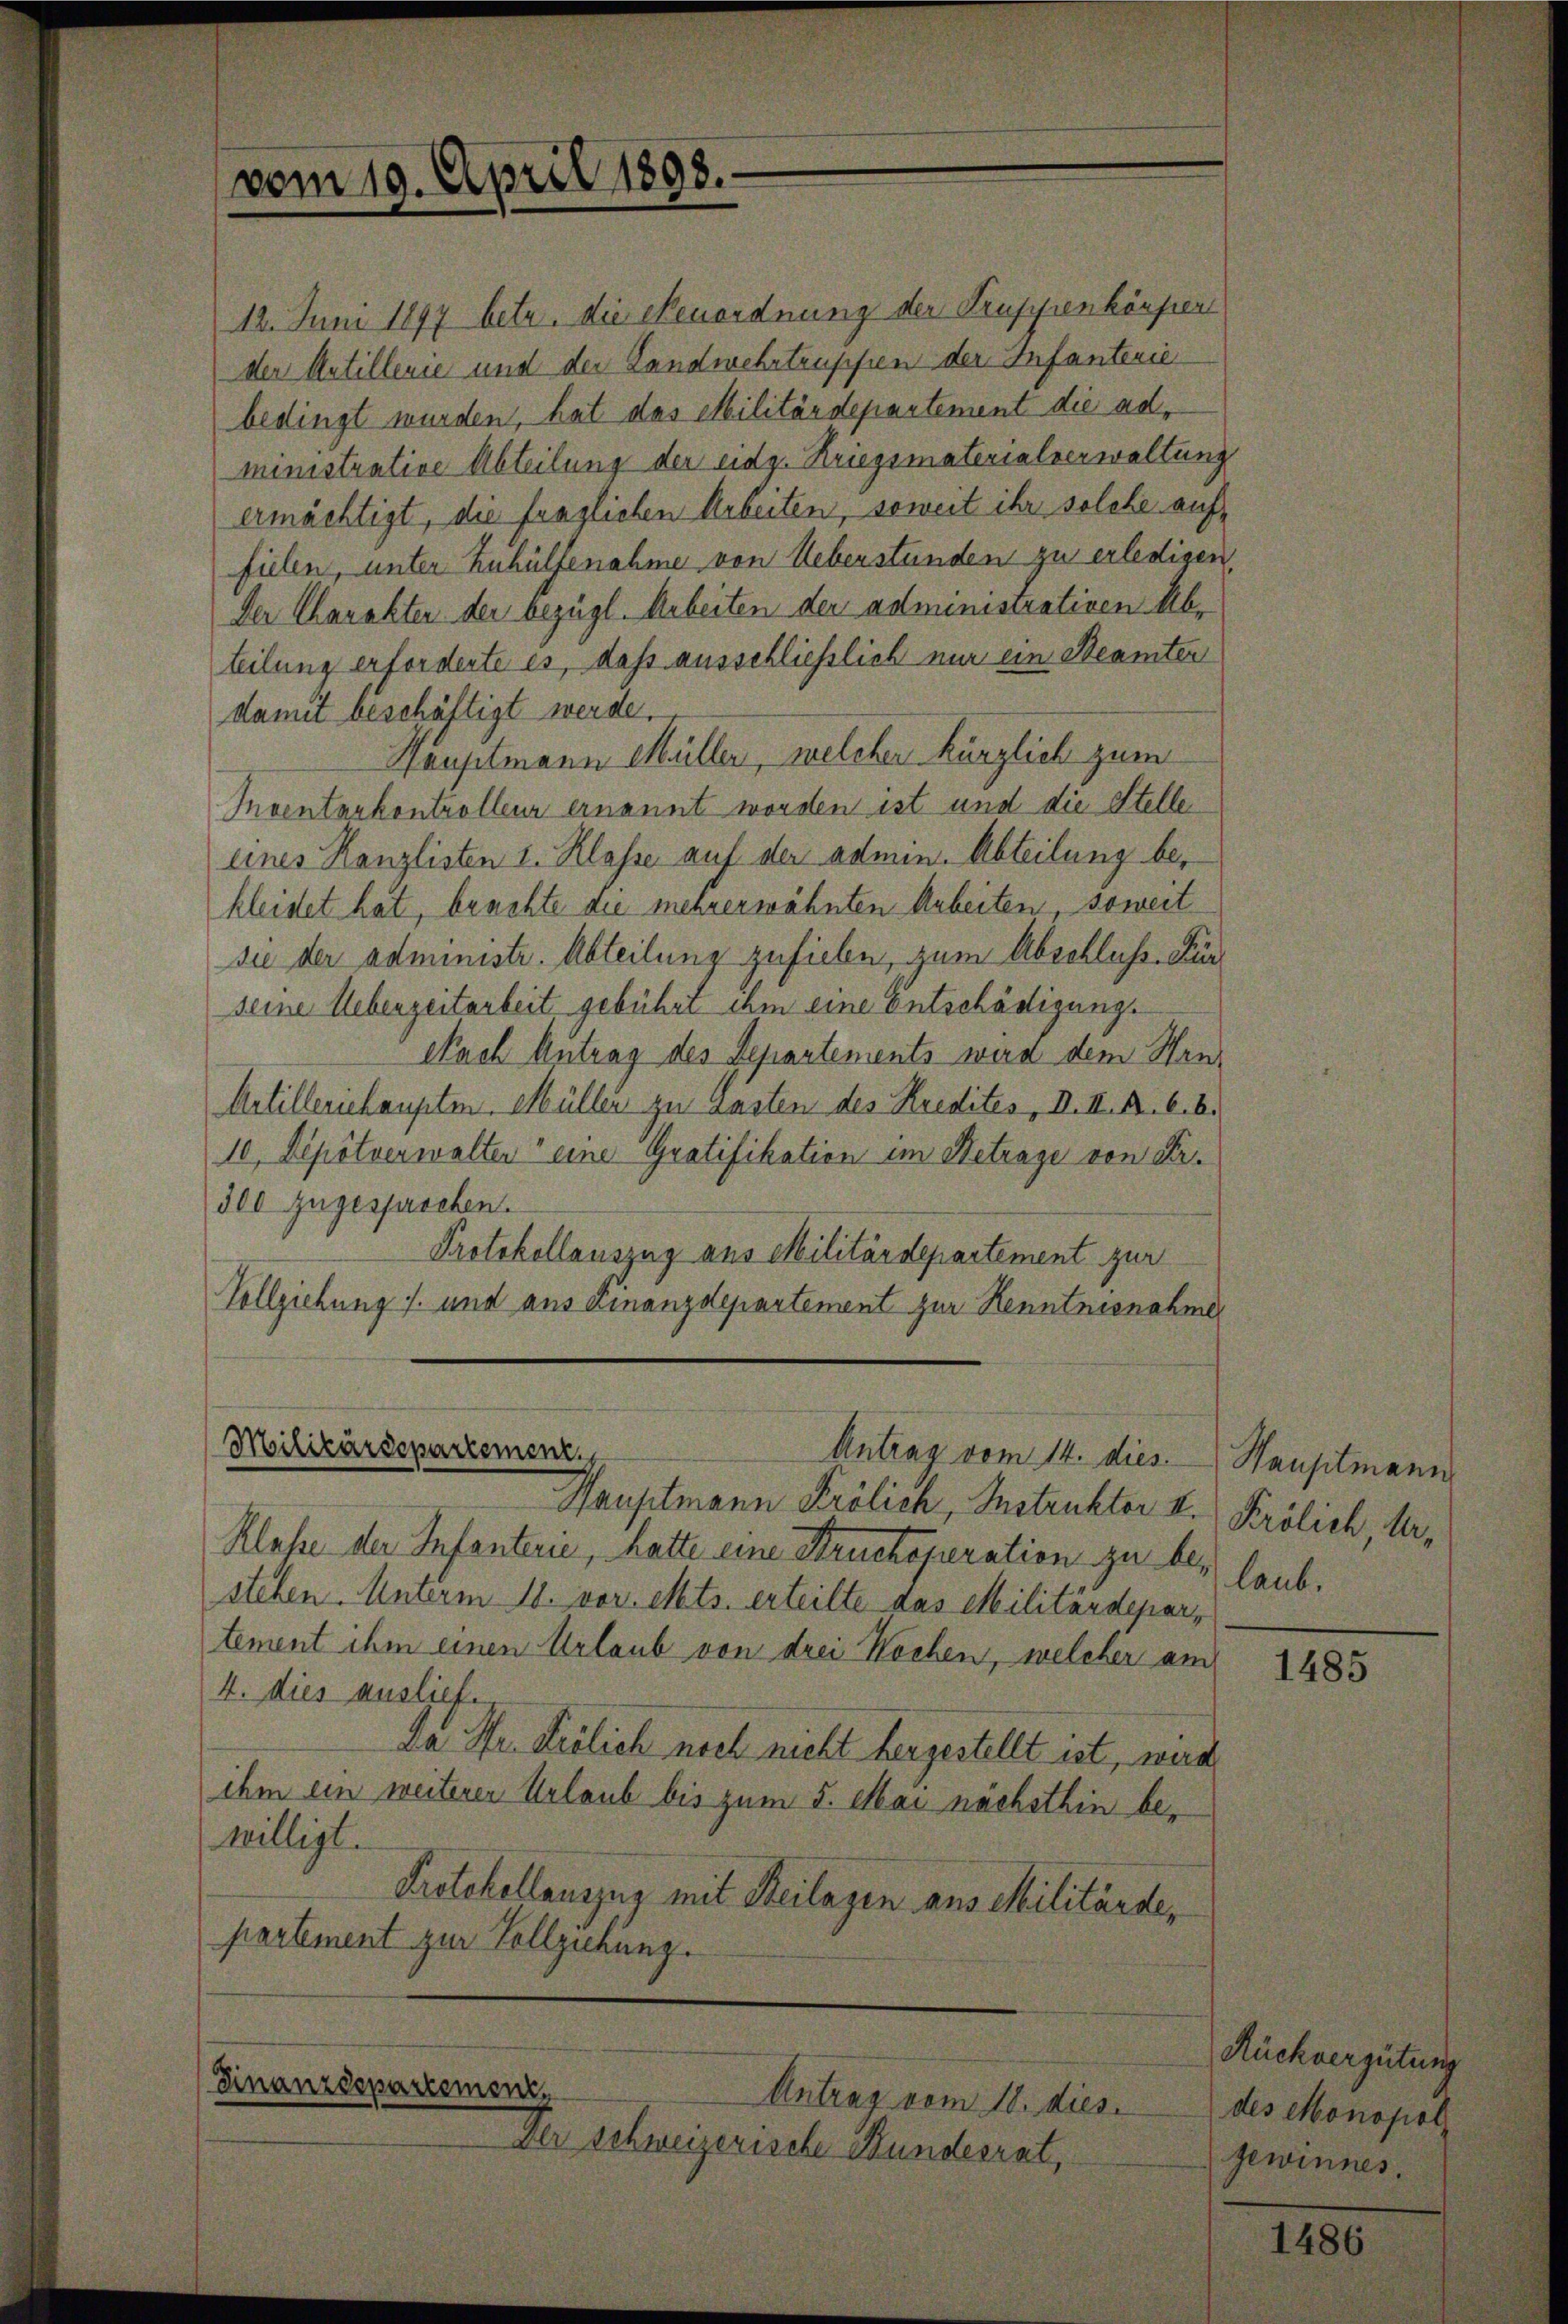
12. Juni 1897 betr. die Neuordnung der Truppenkörper
der Antillence und der Landwehrtruppen der Infanterie
bedingt wurden, hat das Militärdepartement die administrative Abteilung der eidg. Kriegsmaterialverwaltung
ermächtigt, die fraglichen Arbeiten, soweit ihr solche auffielen, unter Zuhülfenahme von Ueberständen zu erledigen,
Der Charakter der bezügl. Arbeiten der administrativen Abteilung erforderte es, daß ausschließlich nur ein Beamten
damit beschäftigt werde.
Hauptmann Müller, welcher kürzlich zum
Inventankontrolleur ernannt worden ist und die Stelle
eines Kanzlisten I. Klasse auf der admin. Abteilung bekleidet hat, brachte die mehrerwähnten Arbeiten, soweit
sie der administr. Abteilung zufielen, zum Abschluß. Fürseine Ueberzeitarbeit gebührt ihm eine Entschädigung.
Nach Antrag des Separtements wird dem Hee¬
Artilleriehaupten. Müller zu Lasten des Kredites , I. II. Milch.
10. Depotverwalter eine Gratifikation im Betrage von Sr.
500 zugesprochen.
Protokollauszug aus Militärdepartement zur
Vollziehung s. und aus ainanzdepartement zur Kenntnisnahme

vom 19. April 1898.

Militärdepartement
Antrag vom 14. dies

Hauptmann Frölich, Instruktor v. Frölich, Ur¬
Klasse der Infanterie, hatte eine Bruchoperation zu be-
stehen. Unterm 18. vor. Mts. erteilte das Militärdepartement ihm einen Urlaub von drei Wochen, welcher am
4. dies ausliefe.
za Hr. Frölich noch nicht hergestellt ist, wird
ihm ein weiterer Urlaub bis zum 5. Mai nachsthin bewilligt.
Protokollauszug mit Beilagen aus Militärde,
partement zur Vollziehung.

Finanzdepartement,
Antrag vom 18. dies

Der schweizerische Bundesrat,

Vausitmann
laub.

1485

Rückvergütung
des Monopol
gewinnes.

1486